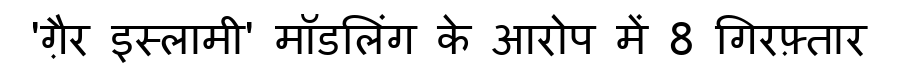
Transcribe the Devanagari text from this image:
'ग़ैर इस्लामी' मॉडलिंग के आरोप में 8 गिरफ़्तार